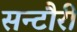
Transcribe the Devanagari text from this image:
सन्टौरी